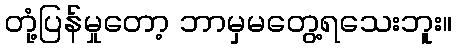
တုံ့ပြန်မှုတော့ ဘာမှမတွေ့ရသေးဘူး။